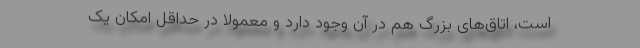
است، اتاق‌های بزرگ هم در آن وجود دارد و معمولاً در حداقل امکان یک